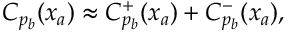
\begin{array} { r } { C _ { p _ { b } } ( x _ { a } ) \approx C _ { p _ { b } } ^ { + } ( x _ { a } ) + C _ { p _ { b } } ^ { - } ( x _ { a } ) , } \end{array}